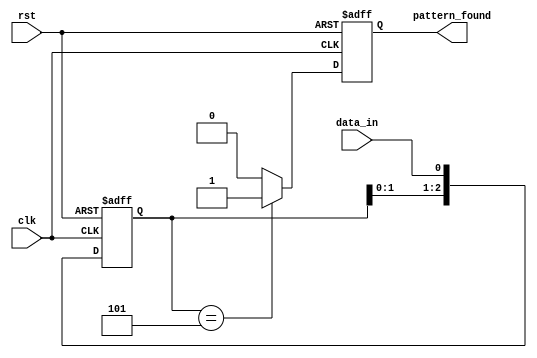
module pattern_detector (
    input wire clk,             // Clock signal
    input wire rst,             // Reset signal
    input wire data_in,         // Input data stream
    output reg pattern_found     // Output signal indicating pattern detection
);
    
    // Parameters
    parameter PATTERN_LENGTH = 3; // Length of the pattern
    parameter [PATTERN_LENGTH-1:0] PATTERN = 3'b101; // The pattern to detect

    // Flip-Flops to store the state (shifting register)
    reg [PATTERN_LENGTH-1:0] state;

    // Always block for synchronous data sampling and state transition
    always @(posedge clk or posedge rst) begin
        if (rst) begin
            // Initialization on reset
            state <= 0;
            pattern_found <= 0;
        end else begin
            // Shift the state to the right and load new input
            state <= {state[PATTERN_LENGTH-2:0], data_in};
            
            // Check if the current state matches the pattern
            if (state == PATTERN) begin
                pattern_found <= 1; // Pattern detected
            end else begin
                pattern_found <= 0; // No pattern detected
            end
        end
    end
endmodule